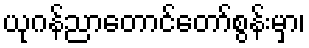
ယုဂန်ညာတောင်တော်စွန်းမှာ၊